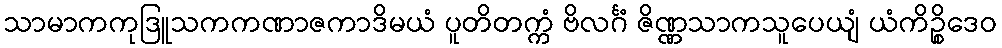
သာမာကကုဒြူသကကဏာဇကာဒိမယံ ပူတိတက္ကံ ဗိလင်္ဂံ ဇိဏ္ဏသာကသူပေယျံ ယံကိဉ္စိဒေဝ